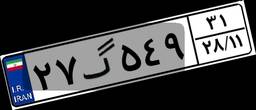
۲۷گ۵۴۹۳۱